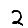
Digit: 2